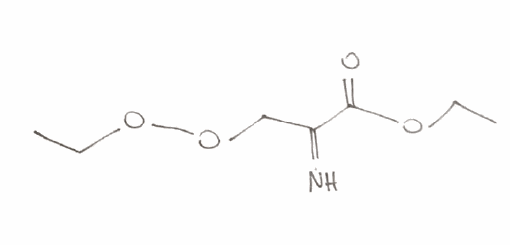
Simplified molecular-input line-entry system (SMILES) notation of the given molecule:
CCOC(=O)C(=N)COOCC